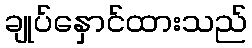
ချုပ်နှောင်ထားသည်